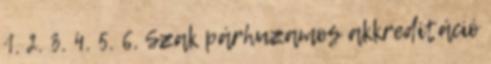
1. 2. 3. 4. 5. 6. Szak párhuzamos akkreditáció